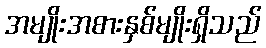
အမျိုးအစားနှစ်မျိုးရှိသည်